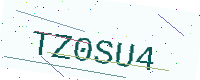
Text: TZ0SU4